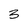
Character: 3